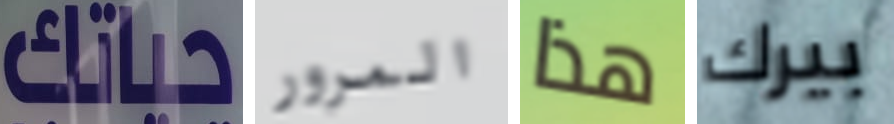
حياتك المرور هذا بيرك